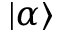
\rvert \alpha \rangle